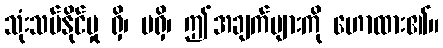
သုံးသပ်နိုင်မှု ရှိ၊ မရှိ၊ ဤအချက်များကို ဟောထား၏။